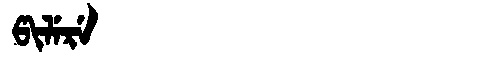
Manchu: ᡦᡳᠯᡝᡵᡝ
Romanization: PILERE